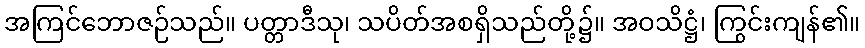
အကြင်ဘောဇဉ်သည်။ ပတ္တာဒီသု၊ သပိတ်အစရှိသည်တို့၌။ အဝသိဋ္ဌံ၊ ကြွင်းကျန်၏။